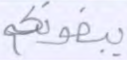
يبغونكم